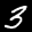
Label: 3